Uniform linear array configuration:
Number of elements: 64
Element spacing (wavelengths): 0.75
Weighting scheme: kaiser
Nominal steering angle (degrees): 0
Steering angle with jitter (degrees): -1.009
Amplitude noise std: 0.05
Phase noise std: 0.05

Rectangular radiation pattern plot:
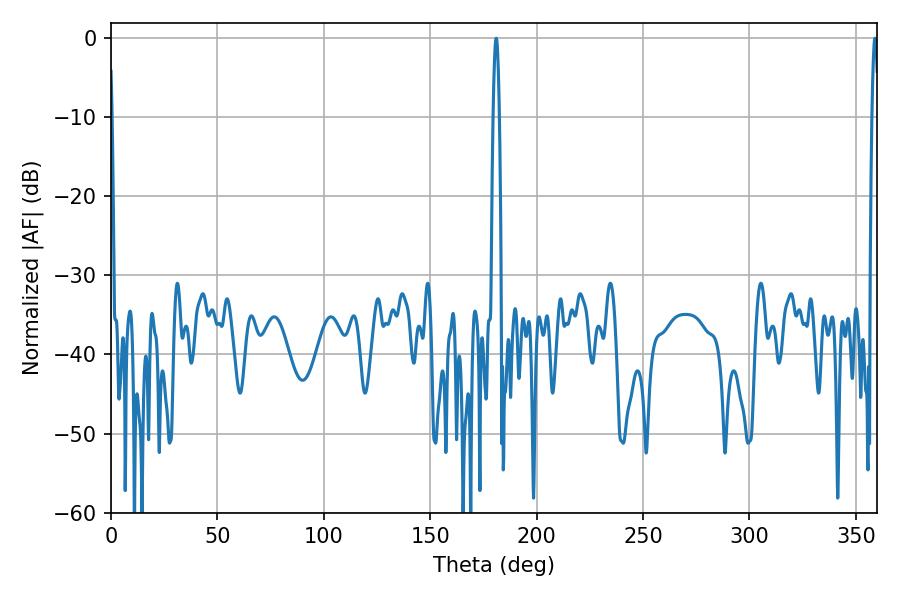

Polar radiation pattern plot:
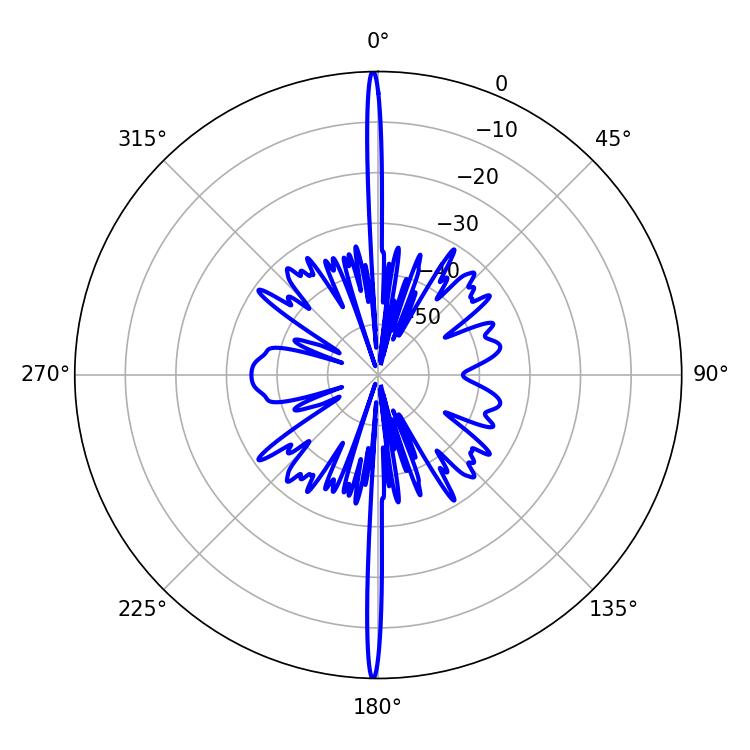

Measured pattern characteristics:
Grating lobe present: TRUE
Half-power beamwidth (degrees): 1.62
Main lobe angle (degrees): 358.92